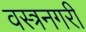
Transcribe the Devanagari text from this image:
वस्त्रनगरी